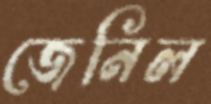
জেনিল